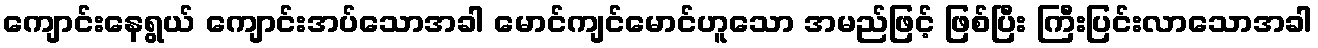
ကျောင်းနေရွယ် ကျောင်းအပ်သောအခါ မောင်ကျင်မောင်ဟူသော အမည်ဖြင့် ဖြစ်ပြီး ကြီးပြင်းလာသောအခါ